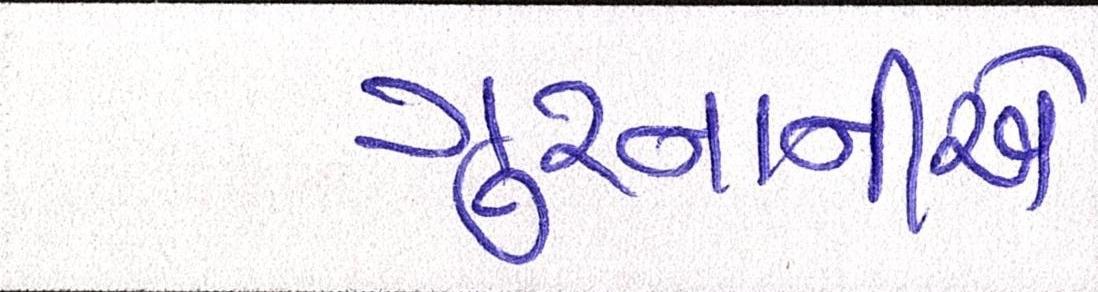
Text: ગુરનાનીએ